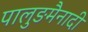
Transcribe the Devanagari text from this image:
पालुङमैनादी